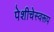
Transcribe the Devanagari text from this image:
पेशीचेस्वरूप